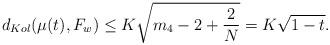
LaTeX: \begin{align*}d_{Kol}(\mu(t), F_w) \leq K\sqrt{m_4-2+\frac2N}=K\sqrt{1-t}.\end{align*}